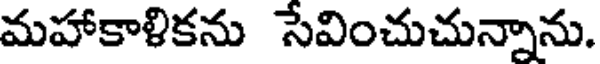
మహాకాళికను సేవించుచున్నాను.